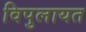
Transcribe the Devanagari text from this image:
विपुलायत